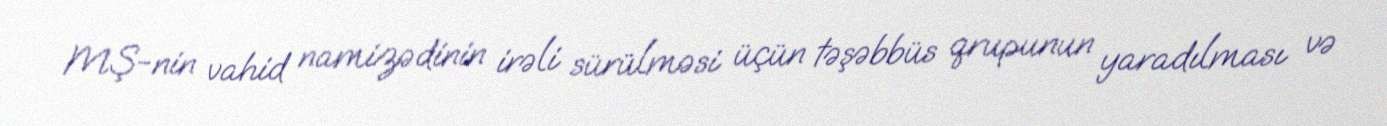
MŞ-nin vahid namizədinin irəli sürülməsi üçün təşəbbüs qrupunun yaradılması və